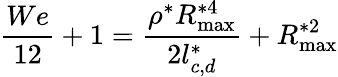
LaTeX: \frac{We}{12}+1=\frac{{{\rho}^{*}}R_{\operatorname*{max}}^{*4}}{2l_{c,d}^{*}}+R_{\operatorname*{max}}^{*2}